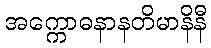
အက္ကောဓနာနတိမာနိနီ